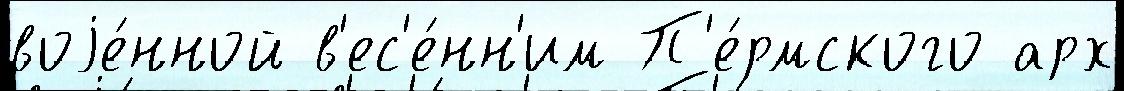
воjе́нной в'ес'е́нн'им П'е́рмского арх